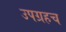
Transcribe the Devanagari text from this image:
उपग्रहच